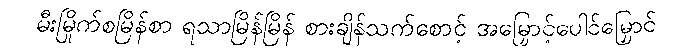
မီးမြိုက်စမြိန်စာ ရသာမြိန်မြိန် စားချိန်သက်စောင့် အမြှောင့်ပေါင်မြှောင်